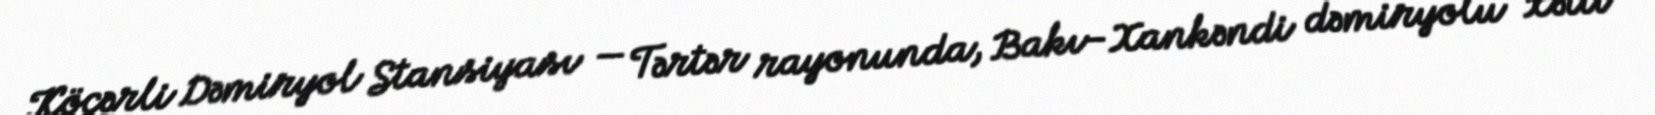
Köçərli Dəmiryol Stansiyası — Tərtər rayonunda, Bakı–Xankəndi dəmiryolu xətti